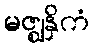
မဇ္ဈနှိကံ